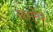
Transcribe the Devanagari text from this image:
सत्ममेव